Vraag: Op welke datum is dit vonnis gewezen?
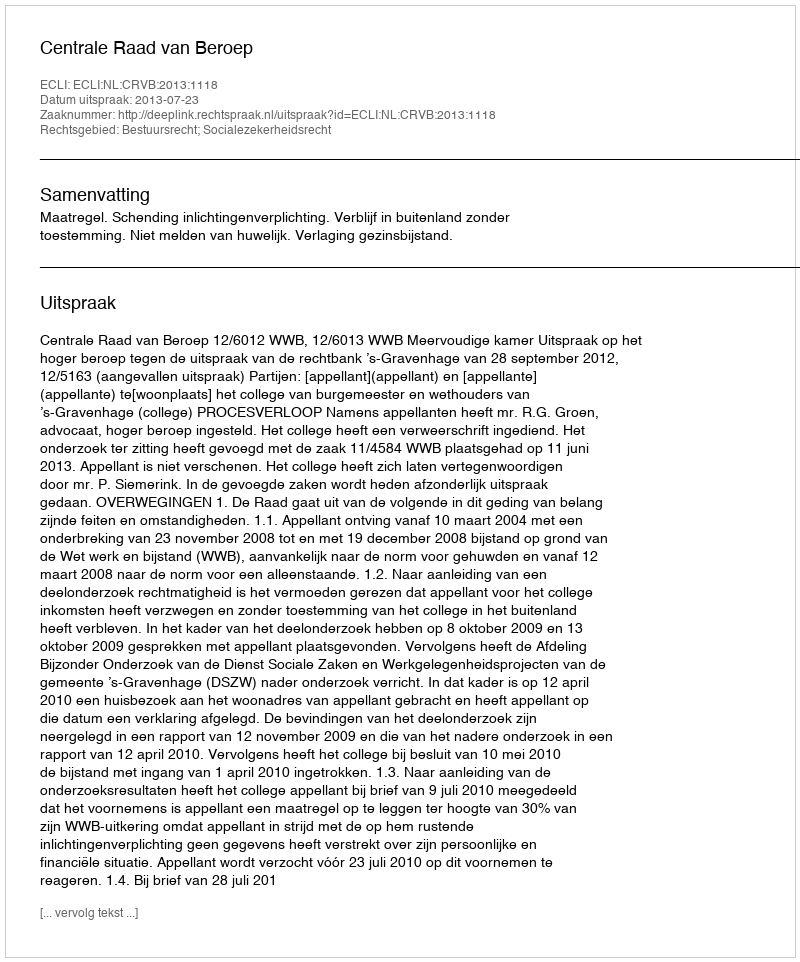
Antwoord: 2013-07-23